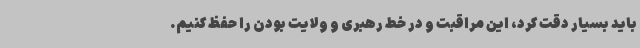
باید بسیار دقت کرد، این مراقبت و در خط رهبری و ولایت بودن را حفظ کنیم.